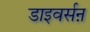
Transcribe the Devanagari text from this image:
डाइवर्सऩ